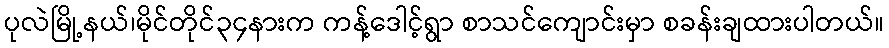
ပုလဲမြို့နယ်၊မိုင်တိုင်၃၄နားက ကန့်ဒေါင့်ရွာ စာသင်ကျောင်းမှာ စခန်းချထားပါတယ်။